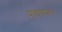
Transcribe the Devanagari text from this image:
प्रतापनः।